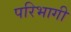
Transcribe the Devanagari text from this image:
परिभागी